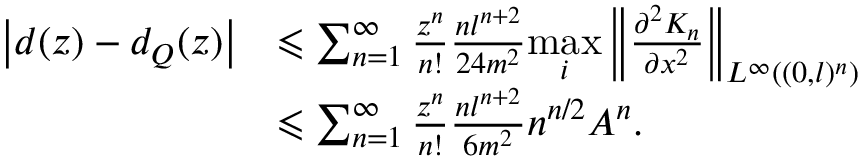
\begin{array} { r l } { \left| d ( z ) - d _ { Q } ( z ) \right| } & { \leqslant \sum _ { n = 1 } ^ { \infty } \frac { z ^ { n } } { n ! } \frac { n l ^ { n + 2 } } { 2 4 m ^ { 2 } } \underset { i } { \mathrm { m a x } } \left\| \frac { \partial ^ { 2 } K _ { n } } { \partial x ^ { 2 } } \right\| _ { L ^ { \infty } ( ( 0 , l ) ^ { n } ) } } \\ & { \leqslant \sum _ { n = 1 } ^ { \infty } \frac { z ^ { n } } { n ! } \frac { n l ^ { n + 2 } } { 6 m ^ { 2 } } n ^ { n / 2 } A ^ { n } . } \end{array}